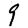
Digit: 9